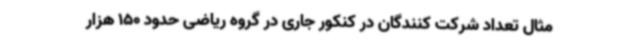
مثال تعداد شرکت کنندگان در کنکور جاری در گروه ریاضی حدود 150 هزار